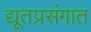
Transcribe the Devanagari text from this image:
द्यूतप्रसंगात